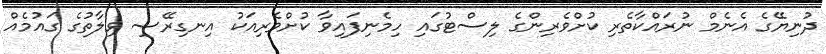
ދުނިޔޭގެ އެނެމް ނުރައްކާތެރި ކުށްވެރިންގެ ލިސްޓުގައި ހިމެނިފައިވާ ކުށްވެރިއަކު އިނގިރޭސި ވިލާތުގެ ގައުމެއް